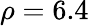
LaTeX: \rho=6.4